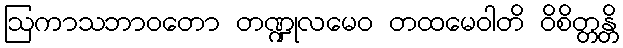
ဩကာသဘာဝတော တဏ္ဍုလမေဝ တထမေဝါတိ ဝိစိတ္တန္တိ